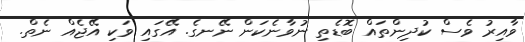
ވާއިރު ވެސް ކުދިންތައް ބޮޑެތި ނުވާނެކަން ނޭނގެ. އޭގައި ވަކި އޭޖެއް ނެތް.